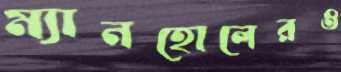
ম্যানহোলেরও